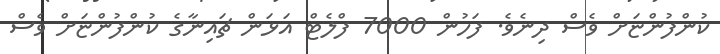
ކުންފުންޏަށް ވެސް ދިނެވެ. ފަހުން 7000 ފްލެޓް އަޅަން ޗައިނާގެ ކުންފުންޏަށް ވެސް